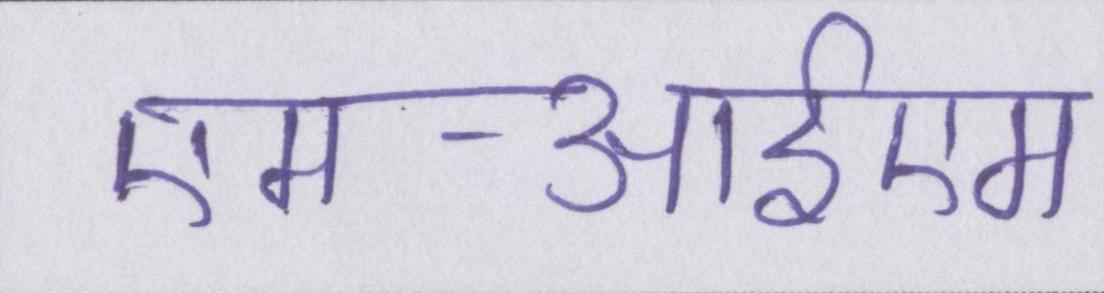
एमआईएम